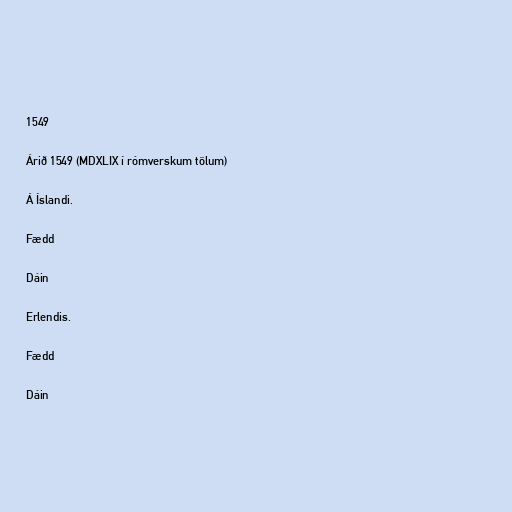
1549

Árið 1549 (MDXLIX í rómverskum tölum)

Á Íslandi.

Fædd

Dáin

Erlendis.

Fædd

Dáin